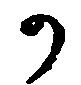
か